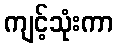
ကျင့်သုံးကာ